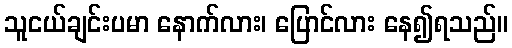
သူငယ်ချင်းပမာ နောက်လား၊ ပြောင်လား နေ၍ရသည်။